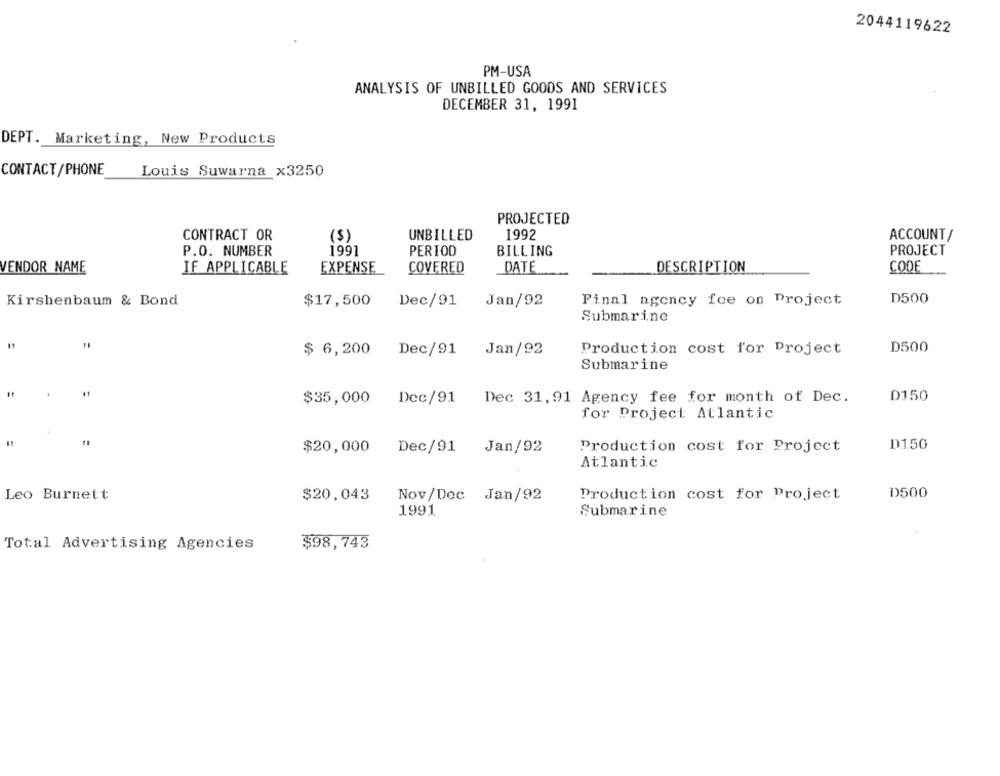
2044119622
PM-USA
ANALYSIS OF UNBILLED GOODS AND SERVICES
DECEMBER 31, 1991
DEPT. Marketing, New Products
CONTACT/PHONE
Louis Suwarna x3250
PROJECTED
CONTRACT OR
($)
UNBILLED
1992
ACCOUNT/
P.O. NUMBER
1991
PERIOD
BILLING
PROJECT
VENDOR NAME
IF APPLICABLE
EXPENSE
COVERED
DATE
DESCRIPTION
CODE
Kirshenbaum & Bond
$17,500
Dec/91 Jan/92
Final agency foe on Project
D500
Submarine
D500
$ 6,200 Dec/91 Jan/92
Production cost for Project
Submarine
$35,000 Dec/91 Dec 31,91 Agency fee for month of Dec.
D150
for Project Atlantic
$20,000 Dec/91 Jan/92
Production cost for Project
D150
Atlantic
Leo Burnett
$20,043
Nov/Dec Jan/92
Production cost for Project
D500
1991
Submarine
Total Advertising Agencies
$98,743